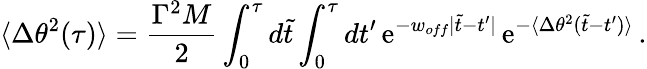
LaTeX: \langle\Delta\theta^{2}(\tau)\rangle={\frac{\Gamma^{2}M}{2}}\int_{0}^{\tau}d\tilde{t}\int_{0}^{\tau}dt^{\prime}\, \mathrm{e}^{-w_{off}|\tilde{t}-t^{\prime}|}\, \mathrm{e}^{-\langle\Delta\theta^{2}(\tilde{t}-t^{\prime})\rangle}\, .